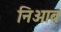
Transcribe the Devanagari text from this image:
निओब